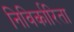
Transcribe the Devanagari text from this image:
निविर्कारिता